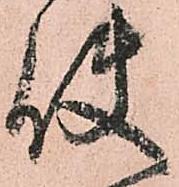
使